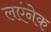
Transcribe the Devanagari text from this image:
लएंनेक